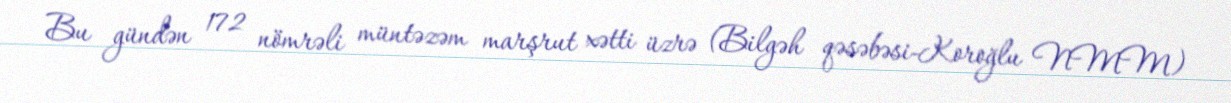
Bu gündən 172 nömrəli müntəzəm marşrut xətti üzrə (Bilgəh qəsəbəsi-Koroğlu NMM)